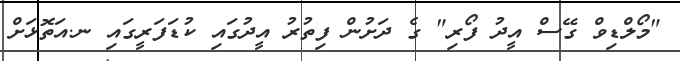
"މޯލްޑިވް ގޭސް އީދު ފޯރި" ގެ ދަށުން ފިތުރު އީދުގައި ކުޑަފަރީގައި ނ.އަތޮޅަށް